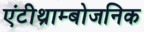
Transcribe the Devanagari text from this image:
एंटीथ्राम्बोजनिक